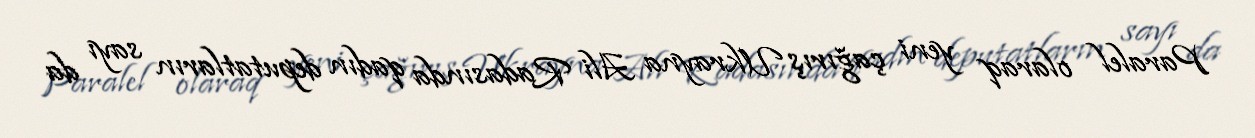
Paralel olaraq yeni çağırış Ukrayna Ali Radasında qadın deputatların sayı da